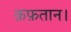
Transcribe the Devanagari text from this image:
क़फ़तान।